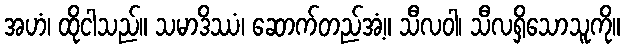
အဟံ၊ ထိုငါသည်။ သမာဒိဿံ၊ ဆောက်တည်အံ့။ သီလဝါ၊ သီလရှိသောသူကို။